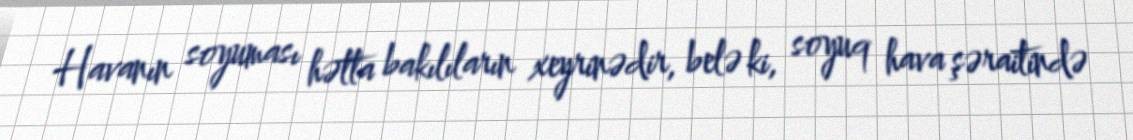
Havanın soyuması hətta bakılıların xeyrinədir, belə ki, soyuq hava şəraitində